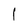
Character: 1